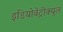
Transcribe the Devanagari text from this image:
इडियोवेंट्रीक्यूल